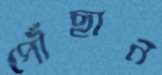
পৌঁছান